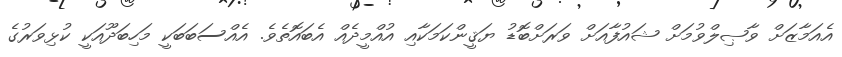
އެއަމާޒަށް ވާޞިލްވުމަށް ޝައުފާއަށް ވަރަށްބޮޑު ޔަޤީންކަމަކާއި އުއްމީދެއް އެބައޮތެވެ. އެއްސަބަބަކީ މަހިބަދޫއަކީ ކުޅިވަރުގެ